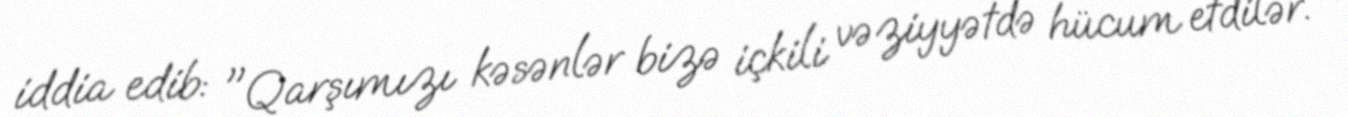
iddia edib: "Qarşımızı kəsənlər bizə içkili vəziyyətdə hücum etdilər.